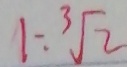
1 = \sqrt [ 3 ] { 2 }